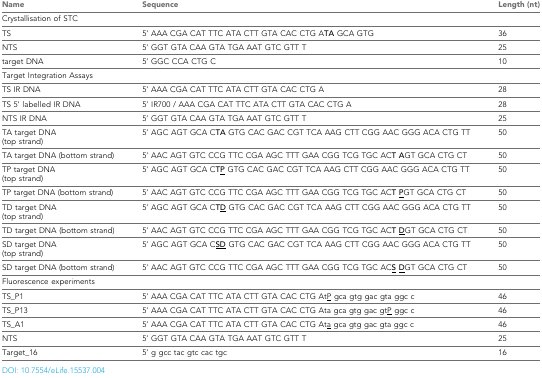
| Name | Sequence | Length (nt) |
 | --- | --- | --- |
 | <COLSPAN=3> Crystallisation of STC |
 | TS | 5' AAA CGA CAT TTC ATA CTT GTA CAC CTG ATA GCA GTG | 36 |
 | NTS | 5' GGT GTA CAA GTA TGA AAT GTC GTT T | 25 |
 | target DNA | 5' GGC CCA CTG C | 10 |
 | <COLSPAN=3> Target Integration Assays |
 | TS IR DNA | 5' AAA CGA CAT TTC ATA CTT GTA CAC CTG A | 28 |
 | TS 5' labelled IR DNA | 5' IR700 / AAA CGA CAT TTC ATA CTT GTA CAC CTG A | 28 |
 | NTS IR DNA | 5' GGT GTA CAA GTA TGA AAT GTC GTT T | 25 |
 | TA target DNA (top strand) | 5' AGC AGT GCA CTA GTG CAC GAC CGT TCA AAG CTT CGG AAC GGG ACA CTG TT | 50 |
 | TA target DNA (bottom strand) | 5' AAC AGT GTC CCG TTC CGA AGC TTT GAA CGG TCG TGC ACT AGT GCA CTG CT | 50 |
 | TP target DNA (top strand) | 5' AGC AGT GCA CT<underline>P</underline> GTG CAC GAC CGT TCA AAG CTT CGG AAC GGG ACA CTG TT | 50 |
 | TP target DNA (bottom strand) | 5' AAC AGT GTC CCG TTC CGA AGC TTT GAA CGG TCG TGC ACT <underline>P</underline>GT GCA CTG CT | 50 |
 | TD target DNA (top strand) | 5' AGC AGT GCA CT<underline>D</underline> GTG CAC GAC CGT TCA AAG CTT CGG AAC GGG ACA CTG TT | 50 |
 | TD target DNA (bottom strand) | 5' AAC AGT GTC CCG TTC CGA AGC TTT GAA CGG TCG TGC ACT <underline>D</underline>GT GCA CTG CT | 50 |
 | SD target DNA (top strand) | 5' AGC AGT GCA C<underline>SD</underline> GTG CAC GAC CGT TCA AAG CTT CGG AAC GGG ACA CTG TT | 50 |
 | SD target DNA (bottom strand) | 5' AAC AGT GTC CCG TTC CGA AGC TTT GAA CGG TCG TGC AC<underline>S</underline><underline>D</underline>GT GCA CTG CT | 50 |
 | <COLSPAN=3> Fluorescence experiments |
 | TS_P1 | 5' AAA CGA CAT TTC ATA CTT GTA CAC CTG At<underline>P</underline> gca gtg gac gta ggc c | 46 |
 | TS_P13 | 5' AAA CGA CAT TTC ATA CTT GTA CAC CTG Ata gca gtg gac gt<underline>P</underline> ggc c | 46 |
 | TS_A1 | 5' AAA CGA CAT TTC ATA CTT GTA CAC CTG At<underline>a</underline> gca gtg gac gta ggc c | 46 |
 | NTS | 5' GGT GTA CAA GTA TGA AAT GTC GTT T | 25 |
 | Target_16 | 5' g gcc tac gtc cac tgc | 16 |